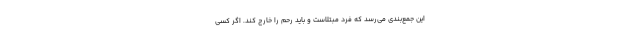
این جمع‌بندی می‌رسد که فرد مبتلاست و باید رحم را خارج کند. اگر کسی